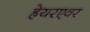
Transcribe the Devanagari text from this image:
ह्रेयरएवर